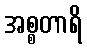
အစ္စတာရိ